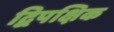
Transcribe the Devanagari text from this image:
द्विपक्षिक